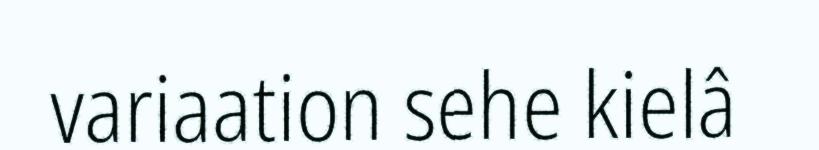
variaation sehe kielâ